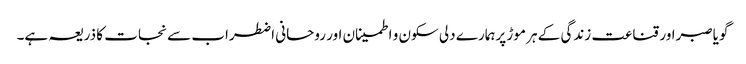
گویاصبراور قناعت زندگی کے ہر موڑ پرہمارے دلی سکون و اطمینان اور روحانی اضطراب سے نجات کا ذریعہ ہے۔